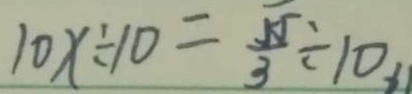
1 0 x \div 1 0 = \frac { 5 5 } { 3 } \div 1 0 x